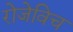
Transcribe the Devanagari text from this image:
रोजेविच